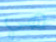
هي